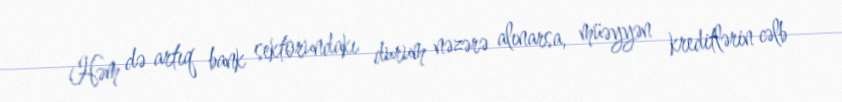
Həm də artıq bank sektorundakı durum nəzərə alınarsa, müəyyən kreditlərin cəlb